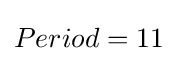
Period=11